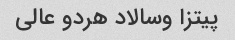
پیتزا وسالاد هردو عالی